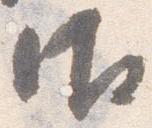
御